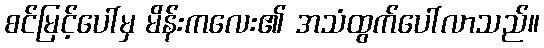
စင်မြင့်ပေါ်မှ မိန်းကလေး၏ အသံထွက်ပေါ်လာသည်။